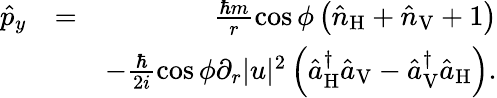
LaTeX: \begin{array}{rlr}{\hat{p}_{y}}&{=}&{\frac{\hbar m}{r}\cos\phi\left(\hat{n}_{\mathrm{H}}+\hat{n}_{\mathrm{V}}+1\right)}\\ &{}&{-\frac{\hbar}{2i}\cos\phi\partial_{r}|u|^{2}\left(\hat{a}_{\mathrm{H}}^{\dagger}\hat{a}_{\mathrm{V}}-\hat{a}_{\mathrm{V}}^{\dagger}\hat{a}_{\mathrm{H}}\right).}\end{array}